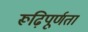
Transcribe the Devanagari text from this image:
रूढ़िपूर्णता